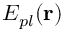
E _ { p l } ( \mathbf { r } )